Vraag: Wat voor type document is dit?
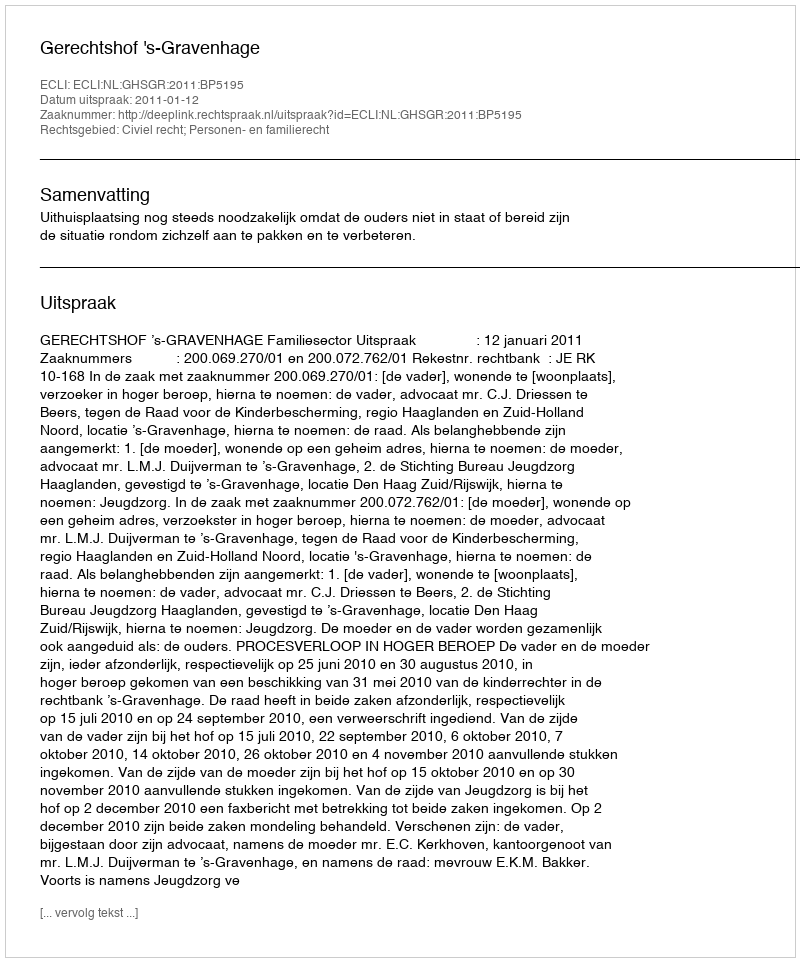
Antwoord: Uitspraak